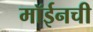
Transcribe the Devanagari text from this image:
मॉईनची